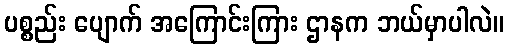
ပစ္စည်း ပျောက် အကြောင်းကြား ဌာနက ဘယ်မှာပါလဲ။